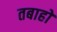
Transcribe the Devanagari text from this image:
तबाहो